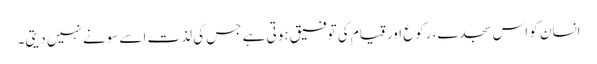
انسان کو اس سجدے، رکوع اور قیام کی توفیق ہوتی ہے جس کی لذت اسے سونے نہیں دیتی۔